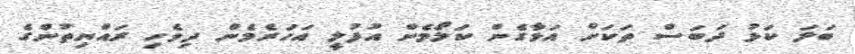
ބަލަ ކަޅު ދަބަސް ތަކަށް އަޅާގެން ކަލޯމެން އުފުލީ އަހަރެމެން ދިވެހި ރައްޔިތުންގެ